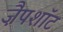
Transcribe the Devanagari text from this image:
ज़ैपशॉट